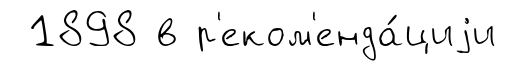
1898 в р'еком'енда́циjи